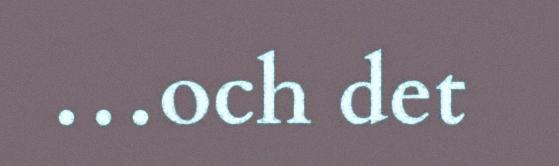
…och det